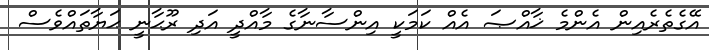
އޭގެތެރެއިން އެންމެ ޚާއްޞަ އެއް ކަމަކީ އިންސާނާގެ މާއްދީ އަދި ރޫޙާނީ ޙަޔާތައްވެސް